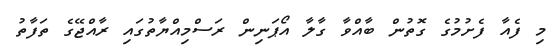
މި ފެއާ ފެށުމުގެ ގޮތުން ބާއްވާ ގާލާ އޯޕަނިން ރަސްމިއްޔާތުގައި ރާއްޖޭގެ ތަފާތު